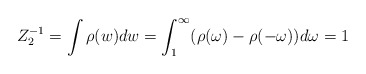
\begin{align*}Z_{2}^{-1}=\int \rho (w)dw=\int_{1}^{\infty }(\rho (\omega )-\rho (-\omega))d\omega =1\end{align*}